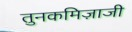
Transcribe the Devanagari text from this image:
तुनकमिज़ाजी